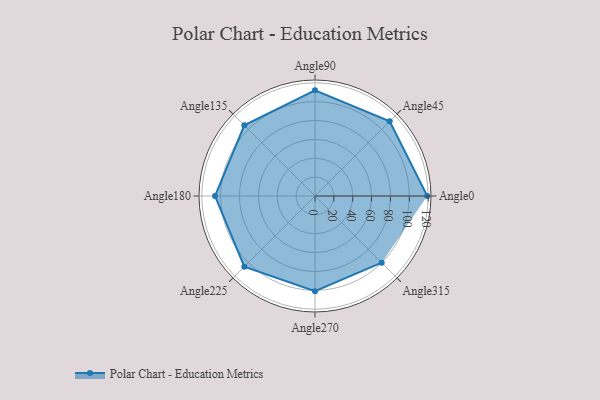
{"axis": {"x": "Angle", "y": "Radius"}, "legend": [""], "data": [{"x": "Angle0", "y": 119.0, "type": ""}, {"x": "Angle45", "y": 112.0, "type": ""}, {"x": "Angle90", "y": 112.0, "type": ""}, {"x": "Angle135", "y": 106.0, "type": ""}, {"x": "Angle180", "y": 106.0, "type": ""}, {"x": "Angle225", "y": 106.0, "type": ""}, {"x": "Angle270", "y": 101.0, "type": ""}, {"x": "Angle315", "y": 100.0, "type": ""}]}